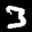
Label: 3